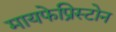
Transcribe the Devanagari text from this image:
मायफेप्रिस्टोन